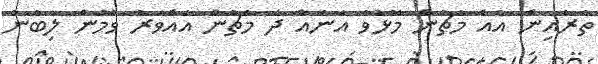
ތެރެއިން އެއް މެޗުން މޮޅުވެ އަނެއް ދެ މެޗުން އެއްވަރު ވުމުން ލިބުނު